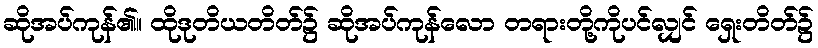
ဆိုအပ်ကုန်၏။ ထိုဒုတိယတိတ်၌ ဆိုအပ်ကုန်လော တရားတို့ကိုပင်လျှင် ရှေးတိတ်၌